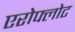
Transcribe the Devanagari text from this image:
एरोफ्लोट